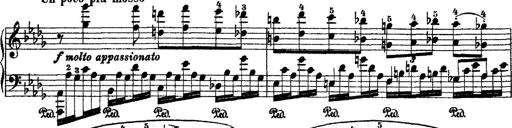
Title: 2 KonzertetÃ¼den
Composer: Franz Liszt